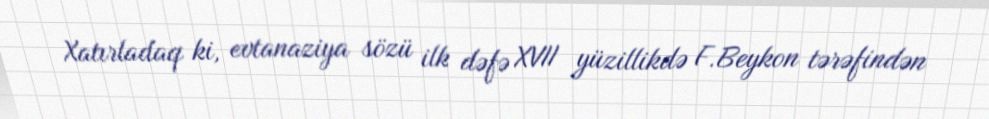
Xatırladaq ki, evtanaziya sözü ilk dəfə XVII yüzillikdə F.Beykon tərəfindən